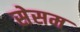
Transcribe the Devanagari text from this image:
सेसम